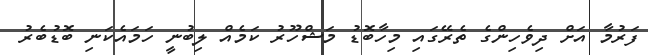
ފަރުމާ އަށް ދިވެހިންގެ ތެރޭގައި މިހާބޮޑު މަޝްހޫރު ކަމެއް ލިބުނީ ހަމައެކަނި ބޮޑުބެރު